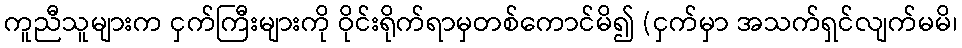
ကူညီသူများက ငှက်ကြီးများကို ဝိုင်းရိုက်ရာမှတစ်ကောင်မိ၍ (ငှက်မှာ အသက်ရှင်လျက်မမိ၊